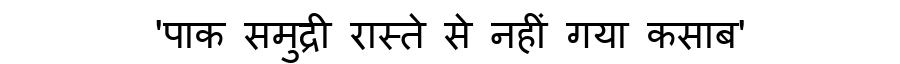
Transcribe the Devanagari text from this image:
'पाक समुद्री रास्ते से नहीं गया कसाब'